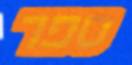
ספר